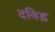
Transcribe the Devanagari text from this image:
दविड़